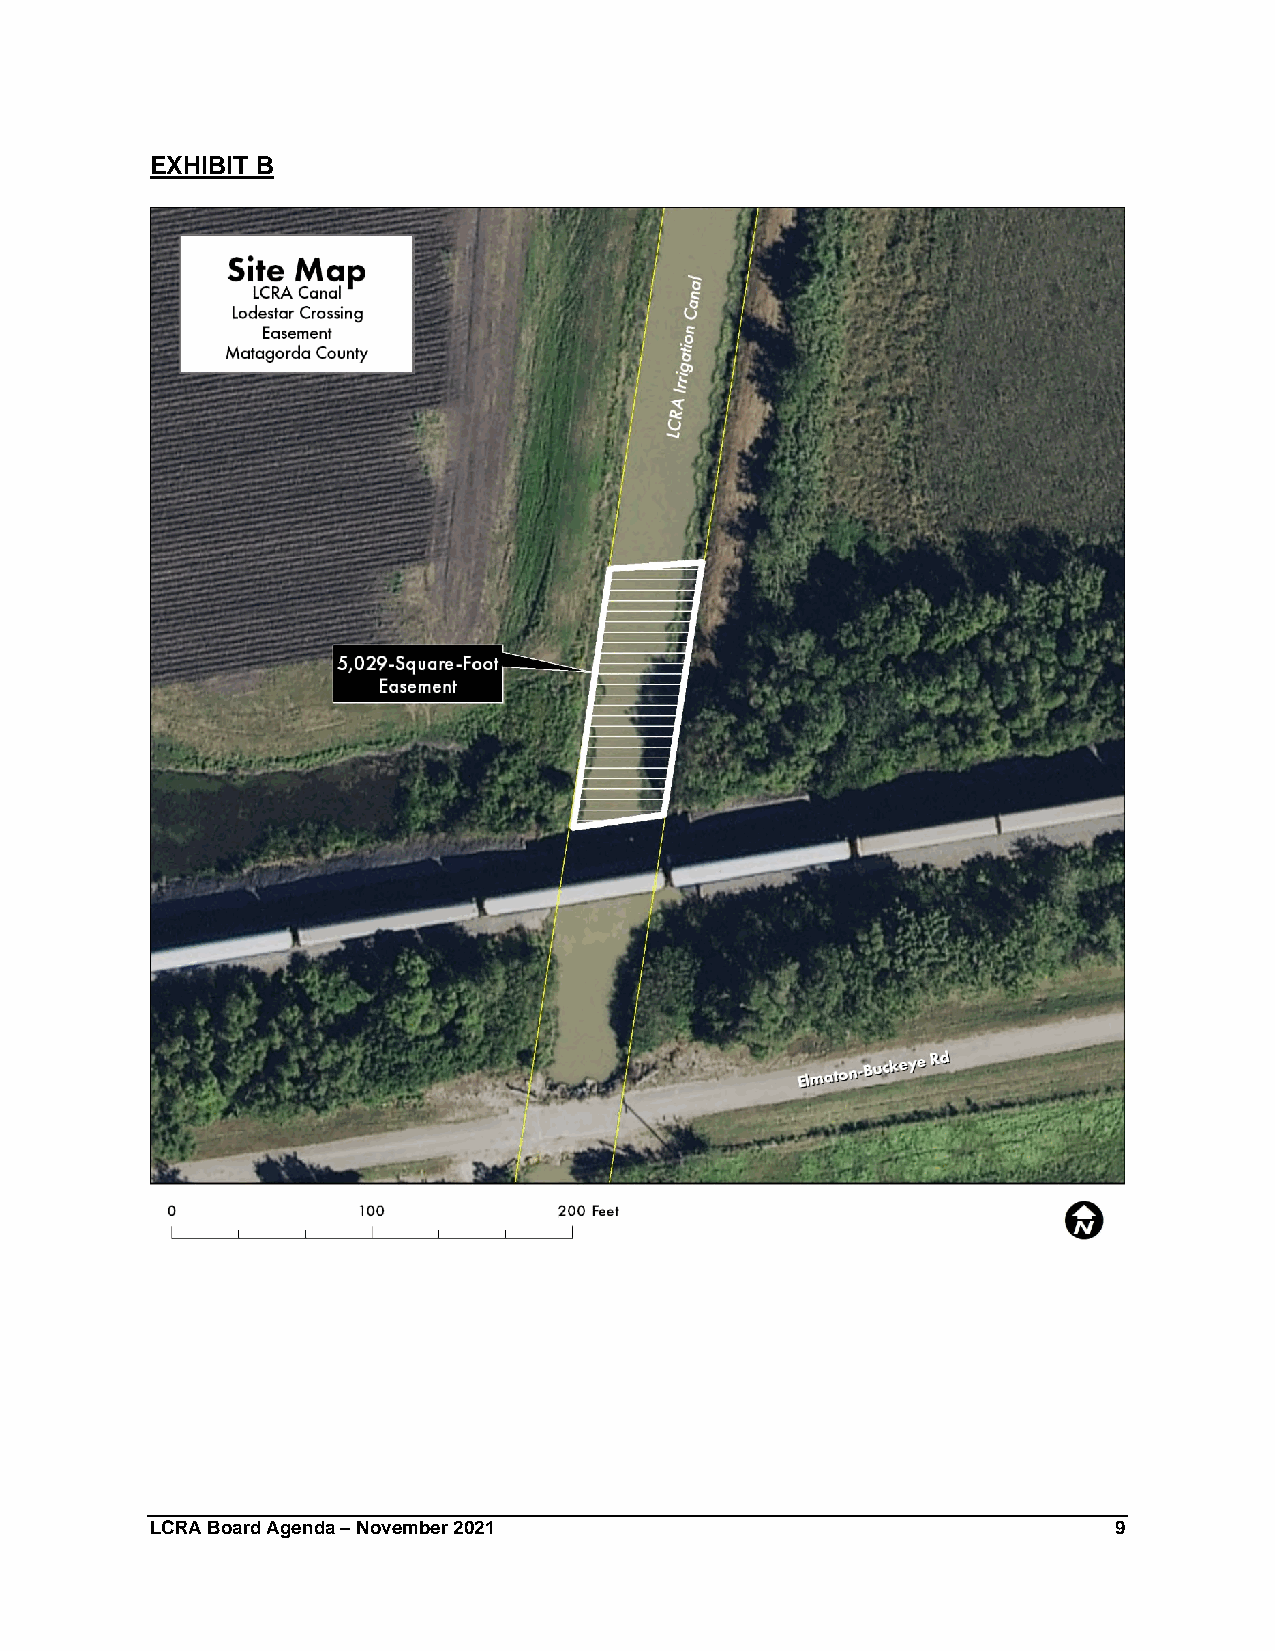
EXHIBIT B
 LCRA Board Agenda – November 2021                               9